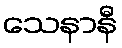
သေနာနီ